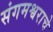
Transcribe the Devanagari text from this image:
संगमश्वराचे